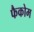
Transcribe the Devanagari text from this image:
फैकोम